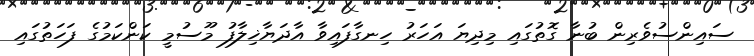
ސައިންސުވެރިން ބުނާ ގޮތުގައި މިދިޔަ އަހަރު ހިނގާފައިވާ އާދަޔާޚިލާފު މޫސުމީ ކަންކަމުގެ ފަހަތުގައި